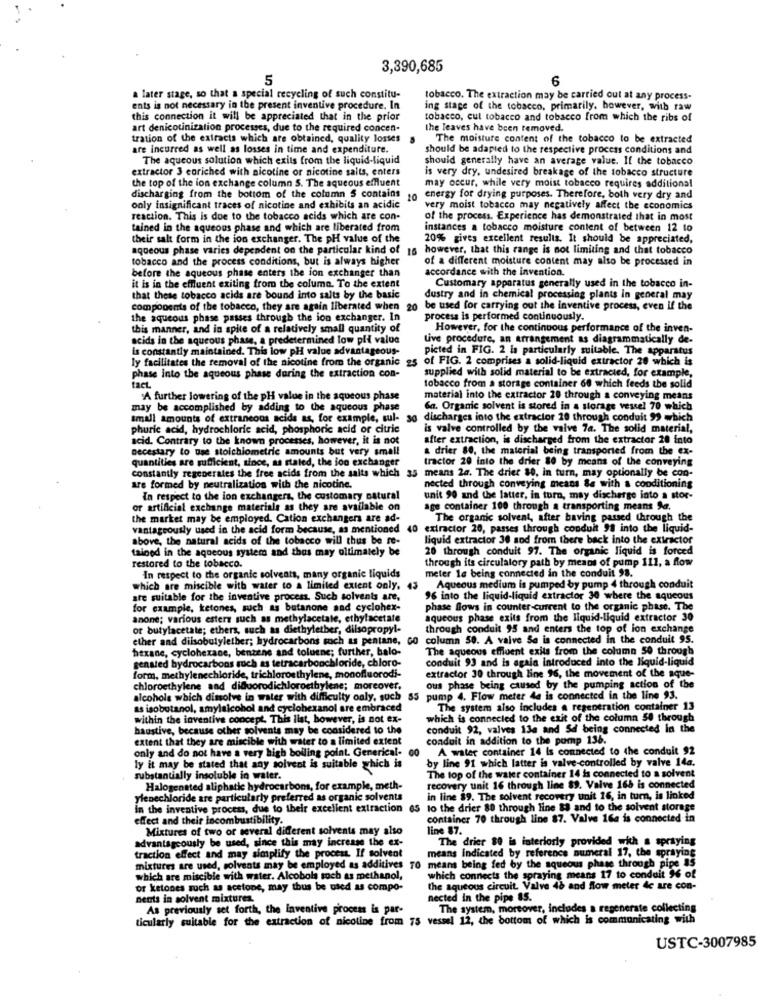
3,390,685
5
6
a later stage, so that a special recycling of such constitu-
tobacco. The extraction may be carried out at any process-
ents is not necessary in the present inventive procedure. In
ing stage of the tobacco, primarily, however, with raw
this connection it will be appreciated that in the prior
tobacco, cul tobacco and tobacco from which the ribs of
art denicotinization processes, due to the required concen-
the leaves have been removed.
tration of the extracts which are obtained, quality losses
The moisture content of the tobacco to be extracted
are incurred as well as losses in time and expenditure.
should be adapted to the respective process conditions and
The aqueous solution which exits from the liquid-liquid
should generally have an average value. If the tobacco
extractor 3 enriched with nicotine or nicotine salts, enters
is very dry, undesired breakage of the tobacco structure
the top of the ion exchange column 5. The aqueous effluent
may occur, while very moist tobacco requires additional
discharging from the bottom of the column 5 contains
10
energy for drying purposes. Therefore, both very dry and
only insignificant traces of nicotine and exhibits an acidic
very moist tobacco may negatively affect the economics
reaction. This is due to the tobacco acids which are con-
of the process. Experience has demonstrated that in most
tained in the aqueous phase and which are liberated from
instances a tobacco moisture content of between 12 to
their salt form in the ion exchanger. The pH value of the
20% gives excellent results. It should be appreciated,
aqueous phase varies dependent on the particular kind of 16 however, that this range is not limiting and that tobacco
tobacco and the process conditions, but is always higher
of a different moisture content may also be processed in
before the aqueous phase enters the ion exchanger than
accordance with the invention.
it is in the effluent exiting from the columa. To the extent
Customary apparatus generally used in the tobacco in-
that these tobacco acids are bound into salts by the basic
dustry and in chemical processing plants in general may
components of the tobacco, they are again liberated when 20 be used for carrying out the inventive process, even if the
be used for carrying out the inventive process, even if the
the aqueous phase passes through the ion exchanger. In
process is performed continuously.
this manner, and in spite of a relatively small quantity of
However, for the continuous performance of the inven-
acids in the aqueous phase, a predetermined low pli value
Live procedure, an arrangement as diagrammatically de-
is constantly maintained. This low pH value advantageous-
picted in FIG. 2 is particularly suitable. The apparatus
ly facilitates the removal of the nicotine from the organic 25
of FIG. 2 comprises a solid-liquid extractor 20 which is
supplied with solid material to be extracted, for example,
phase into the aqueous phase during the extraction con-
fact
tobacco from a storage container 60 which feeds the solid
A further lowering of the pH value in the aqueous phase
material into the extractor 20 through a conveying means
may be accomplished by adding to the aqueous phase
6a. Organic solvent is stored in a storage vessel 70 which
small amounts of extraneous acids as, for example, sul-
discharges into the extractor 10 through conduit 99 which
phuric acid, hydrochloric acid, phosphoric acid or citric
is valve controlled by the vaive 74. The solid material,
acid. Contrary to the known processes, however, it is not
after extraction, is discharged from the extractor 28 into
y to use stoichiometric amounts but very small
a drier 80, the material being transported from the ex-
quantities are sufficient, since, as stated, the lon exchanger
tractor 29 into the drier 80 by means of the conveying
constantly regenerates the free acids from the salts which 35 means 2a. The driet 80, in turn, may optionally be con-
are formed by neutralization with the nicotine.
nected through conveying means &e with a conditioning
In respect to the ion exchangers, the customary natural
unit 90 and the latter, in turn, may discharge into a stor-
or artificial exchange materials as they are available on
age container 100 through a transporting means Sa.
the market may be employed. Cation exchangers are ad-
The organic solvent, after having passed through the
vantagrously used in the acid form because, as mentioned 40 extractor 20, passes through conduit 98 into the liquid-
above, the natural acids of the tobacco will thus be re-
liquid extractor 30 sod from there back into the extractor
tained in the aqueous system and thus may ultimately be
20 through conduit 97. The organic liquid is forced
restored to the tobacco.
through its circulatory path by means of pump 111, a flow
meter la being connected in the conduit 98.
In respect to the organic solvents, many organic liquids
which are miscible with water to a limited extent only. 43
Aqueous medium is pumped by pump 4 through conduit
are suitable for the inventive process. Such solvents are,
96 into the liquid-liquid extractor 30 where the aqueous
for example, ketones, such as butanone sad cyclohex-
phase flows in counter-current to the organic phase. The
anone; various esters such as methylacetale, ethylacetate
aqueous phase exits from the liquid-liquid extractor 30
or butylacetate; ethers, such as diethylether, dilsopropyl-
through conduit 95 and enters the top of ion exchange
ether and dilsobutylether; hydrocarbons such as pentane, GO column 50. A valve Sa is connected in the conduit 95.
hexane, cyclohexane, benzene and toluene; further, balo-
The aqueous effluent exits from the column 50 through
genated hydrocarbons such as tetracarbonchloride, chloro-
conduit 93 and is agaia introduced into the liquid-liquid
form, methylenechloride, trichloroethylene, monofluorodi-
extractor 30 through line 96, the movement of the aque-
chloroethylene and difluorodichloroethylene; moreover,
ous phase being caused by the pumping action of the
alcohole which dissolve in water with difficulty oaly, such 55 pump 4. Flow meter 44 is connected in the line 93.
as isobutanol, amylalcohol and cyclohexanol are embraced
The system also includes a regeneration container 13
within the inventive concept, This list, however, is not ex-
which is connected to the exit of the column 58 through
haustive, because other solvents may be considered to the
conduit 92, valves 13a and Sd being connected in the
extent that they are miscible with water to a limited extent
conduit in addition to the pump 136.
only and do not have a very high boiling point. Generical-
A water container 14 is connected to the conduit 92
ly it may be stated that any solvent is suitable which
by line 91 which latter is valve-controlled by valve 14a.
substantially insoluble in water.
The top of the water container 14 is connected to a solvent
Halogenated aliphatic hydrocarbon, for example, meth-
recovery unit 16 through line 89. Valve 165 is connected
ylenechloride are particularly preferred as organic solvents
in line 89. The solvent recovery unit 16, in turn, is linked
In the inventive process, due to their excellent extraction
65 to the drier 80 through line 83 and to the solvent storage
effect and their locombustibility.
container 70 through line 87. Valve 16a is connected in
Mixtures of two or several different solvents may also
line 87.
advantageously be used, since this may increase the ex-
The drier 80 is interiorly provided with a spraying
means indicated by reference numeral 17, the spraying
traction effect and may simplify the process. If solvent
mixtures are used, solvents may be employed as additives
70
means being fed by the aqueous phase through pipe 85
which are miscible with water. Alcobols soch as methanol,
which connects the spraying means 17 to conduit 96 of
or ketones roch as acstone, may thus be used as compo-
the aqueous circuit. Valve 46 and flow meter 4c are con-
nents in solvent mixtures.
nected in the pipe 85.
As previously set forth, the inventive process is par-
The system, moreover, includes a regenerate collecting
ticularly suitable for the extraction of nicotine from 75 vessel 12, the bottom of which is communicating with
USTC-3007985